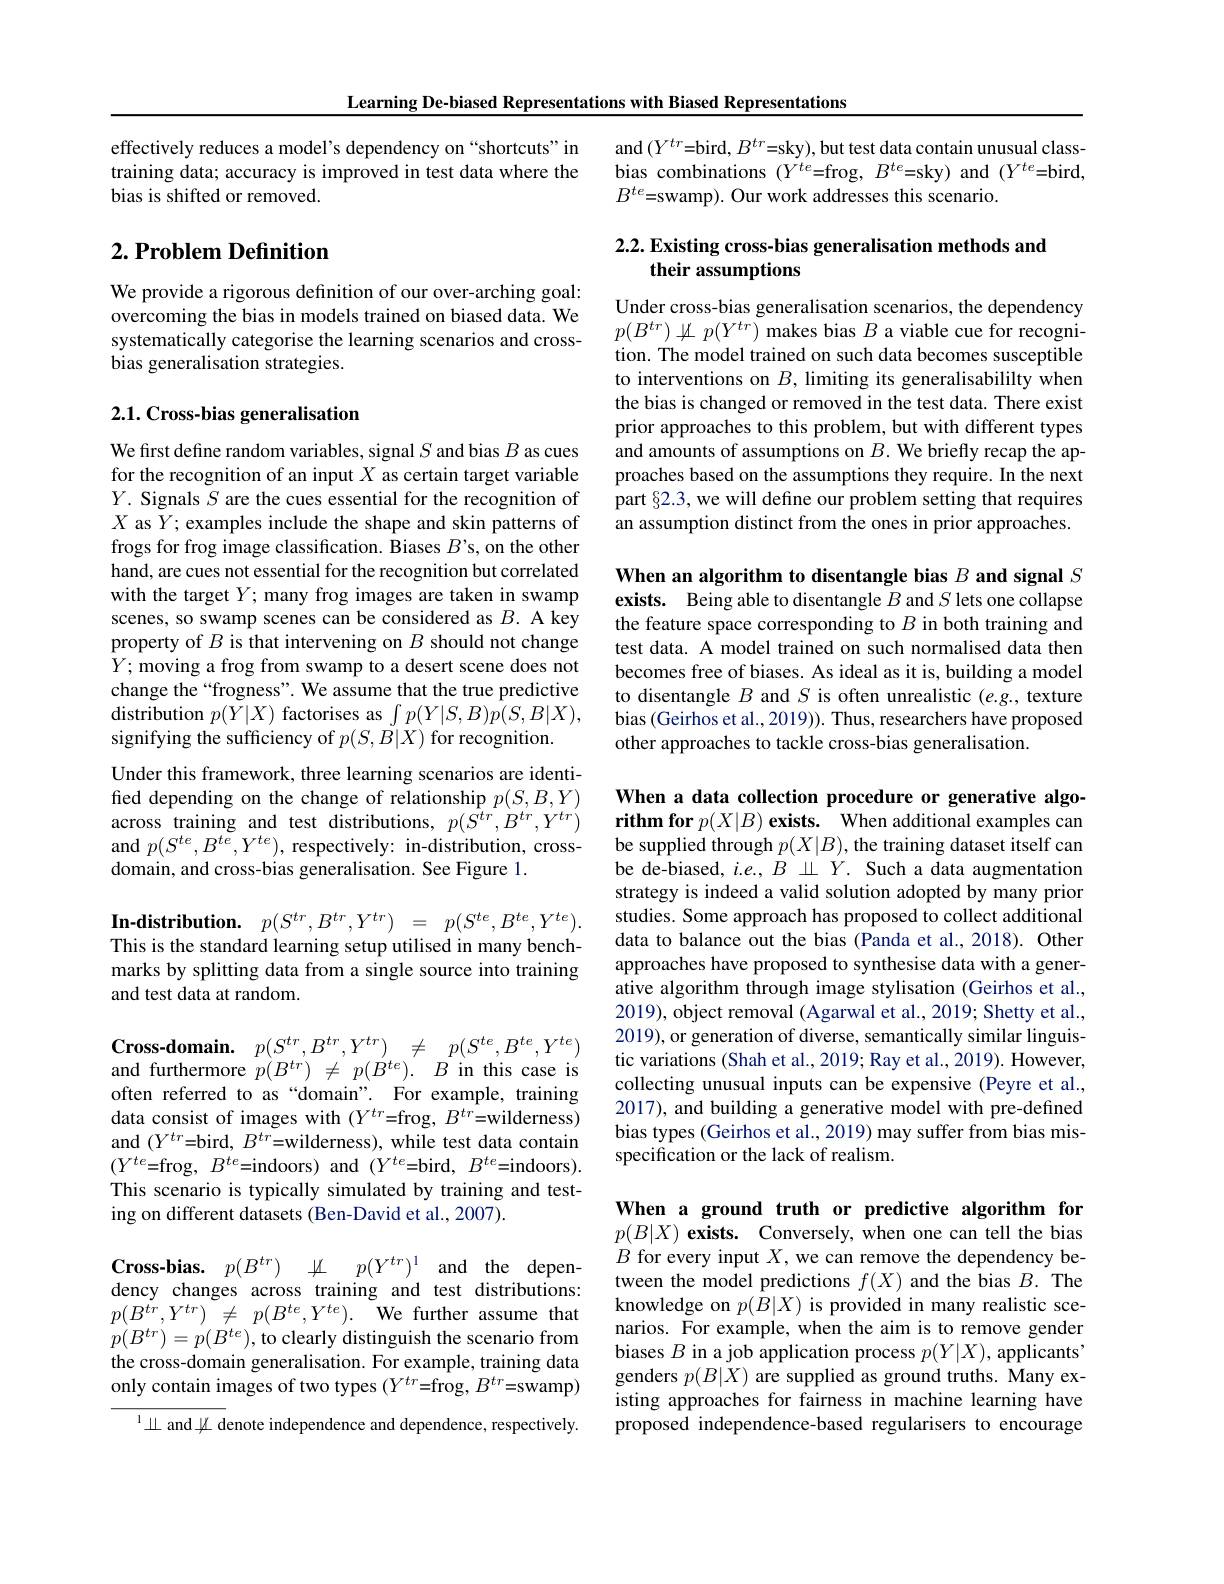
Learning De-biased Representations with Biased Representations

effectively reduces a model's dependency on “shortcuts” in training data; accuracy is improved in test data where the bias is shifted or removed.

## $2. \textbf{ Problem Definition}$

We provide a rigorous definition of our over-arching goal: overcoming the bias in models trained on biased data. We systematically categorise the learning scenarios and crossbias generalisation strategies.

## 2.1. Cross-bias generalisation

We first define random variables, signal $S$ and bias $B$ as cues for the recognition of an input $X$ as certain target variable $Y.$ Signals $S$ are the cues essential for the recognition of $X$ as $Y;$ examples include the shape and skin patterns of frogs for frog image classification. Biases $B’$s, on the other hand, are cues not essential for the recognition but correlated with the target $Y;$ many frog images are taken in swamp scenes, so swamp scenes can be considered as $B.$ A key property of $B$ is that intervening on $B$ should not change $Y;$ moving a frog from swamp to a desert scene does not change the“frogness”. We assume that the true predictive distribution $p(Y|X)$ factorises as $\int p(Y|S,B)p(S,B|X)$, signifying the sufficiency of $p(S,\bar{B}|X)$ for recognition.
Under this framework, three learning scenarios are identified depending on the change of relationship $p(S,B,Y)$ across training and test distributions, $p(\hat{S}^{tr},B^{tr},Y^{tr})$ and $p(S^{te},B^{te},Y^{te})$, respectively: in-distribution, crossdomain, and cross-bias generalisation. See Figure 1.

and $(Y^{tr}{=}$bird, $B^{tr}{=}$sky), but test data contain unusual classbias combinations $(Y^{te}{=}$frog, $B^{te}{=}$sky) and$(Y^{te}{=}$bird, $B^{te}{=}$swamp). Our work addresses this scenario.

## 2.2. Existing cross-bias generalisation methods and their assumptions

Under cross-bias generalisation scenarios, the dependency $p(B^{tr})\not\coprod p(Y^{tr})$ makes bias $B$ a viable cue for recognition. The model trained on such data becomes susceptible to interventions on $B$, limiting its generalisabililty when the bias is changed or removed in the test data. There exist prior approaches to this problem, but with different types and amounts of assumptions on $B.$ We briefly recap the approaches based on the assumptions they require. In the next part §2.3, we will define our problem setting that requires an assumption distinct from the ones in prior approaches.

$\textbf{In- distribution. }$ $p( S^{tr}, B^{tr}, Y^{tr})$ = $p( S^{te}, B^{te}, Y^{te}) .$ This is the standard learning setup utilised in many benchmarks by splitting data from a single source into training and test data at random.

$\mathbf{Cross- domain. }$ $p( S^{tr}, B^{tr}, Y^{tr})$ $\neq$ $p( S^{te}, B^{te}, Y^{te})$ and furthermore $p( B^{tr}) \neq p( B^{te}) . B $in this case is often referred to as“domain”. For example, training data consist of images with $(Y^{tr}=$frog, $B^{tr}=$wilderness) and $(Y^{tr}{=}$bird, $B^{tr}{=}$wilderness), while test data contain $(Y^{te}{=}$frog$,B^te{=}$indoors)and$(Y^{te}{=}$bird$,B^{te}{=}$indoors). This scenario is typically simulated by training and testing on different datasets (Ben-David et al., 2007).

$\mathbf{Cross- bias. }$ $p( B^{tr})$ $\overset {\downarrow }{\operatorname* { \operatorname* { \operatorname* { \operatorname* { \longrightarrow } } } } }$ $p( Y^{tr}) ^{1}$ and the dependency changes across training and test distributions: $p(B^{tr},Y^{tr})\not=p(B^{te},Y^{te}).$We further assume that $p(B^{tr})=p(B^{te})$,to clearly distinguish the scenario from the cross-domain generalisation. For example, training data only contain images of two types $(Y^{tr}=$frog, $B^tr=$swamp)

$^1\perp$ and $\not\perp$ denote independence and dependence, respectively.

When an algorithm to disentangle bias $B\textbf{ and signal }S$ exists. Being able to disentangle $B$ and $S$ lets one collapse the feature space corresponding to $B$ in both training and test data. A model trained on such normalised data then becomes free of biases. As ideal as it is, building a model to disentangle $B$ and $S$ is often unrealistic $(e.g.$, texture bias (Geirhos et al., 2019)). Thus, researchers have proposed other approaches to tackle cross-bias generalisation.

When a data collection procedure or generative algorithm for $p( X| B) \textbf{exists. When additional examples can}$ be supplied through $p(X|B)$, the training dataset itself can be de-biased, $i.e.,B\perp Y.$ Such a data augmentation strategy is indeed a valid solution adopted by many prior studies. Some approach has proposed to collect additional data to balance out the bias (Panda et al., 2018). Other approaches have proposed to synthesise data with a generative algorithm through image stylisation (Geirhos et al., 2019), object removal (Agarwal et al., 2019; Shetty et al., 2019), or generation of diverse, semantically similar linguistic variations (Shah et al., 2019; Ray et al., 2019). However, collecting unusual inputs can be expensive (Peyre et al., 2017), and building a generative model with pre-defined bias types (Geirhos et al., 2019) may suffer from bias misspecification or the lack of realism.

When a ground truth or predictive algorithm for $p( B| X) \textbf{ exists. Conversely, when one can tell the bias}$ $B$ for every input $X$, we can remove the dependency between the model predictions $f(X)$ and the bias $B.$ The knowledge on $p(\hat{B}|X)$ is provided in many realistic scenarios. For example, when the aim is to remove gender biases $B$ in a job application process $p(Y|X)$, applicants' genders $p(B|X)$ are supplied as ground truths. Many existing approaches for fairness in machine learning have proposed independence-based regularisers to encourage